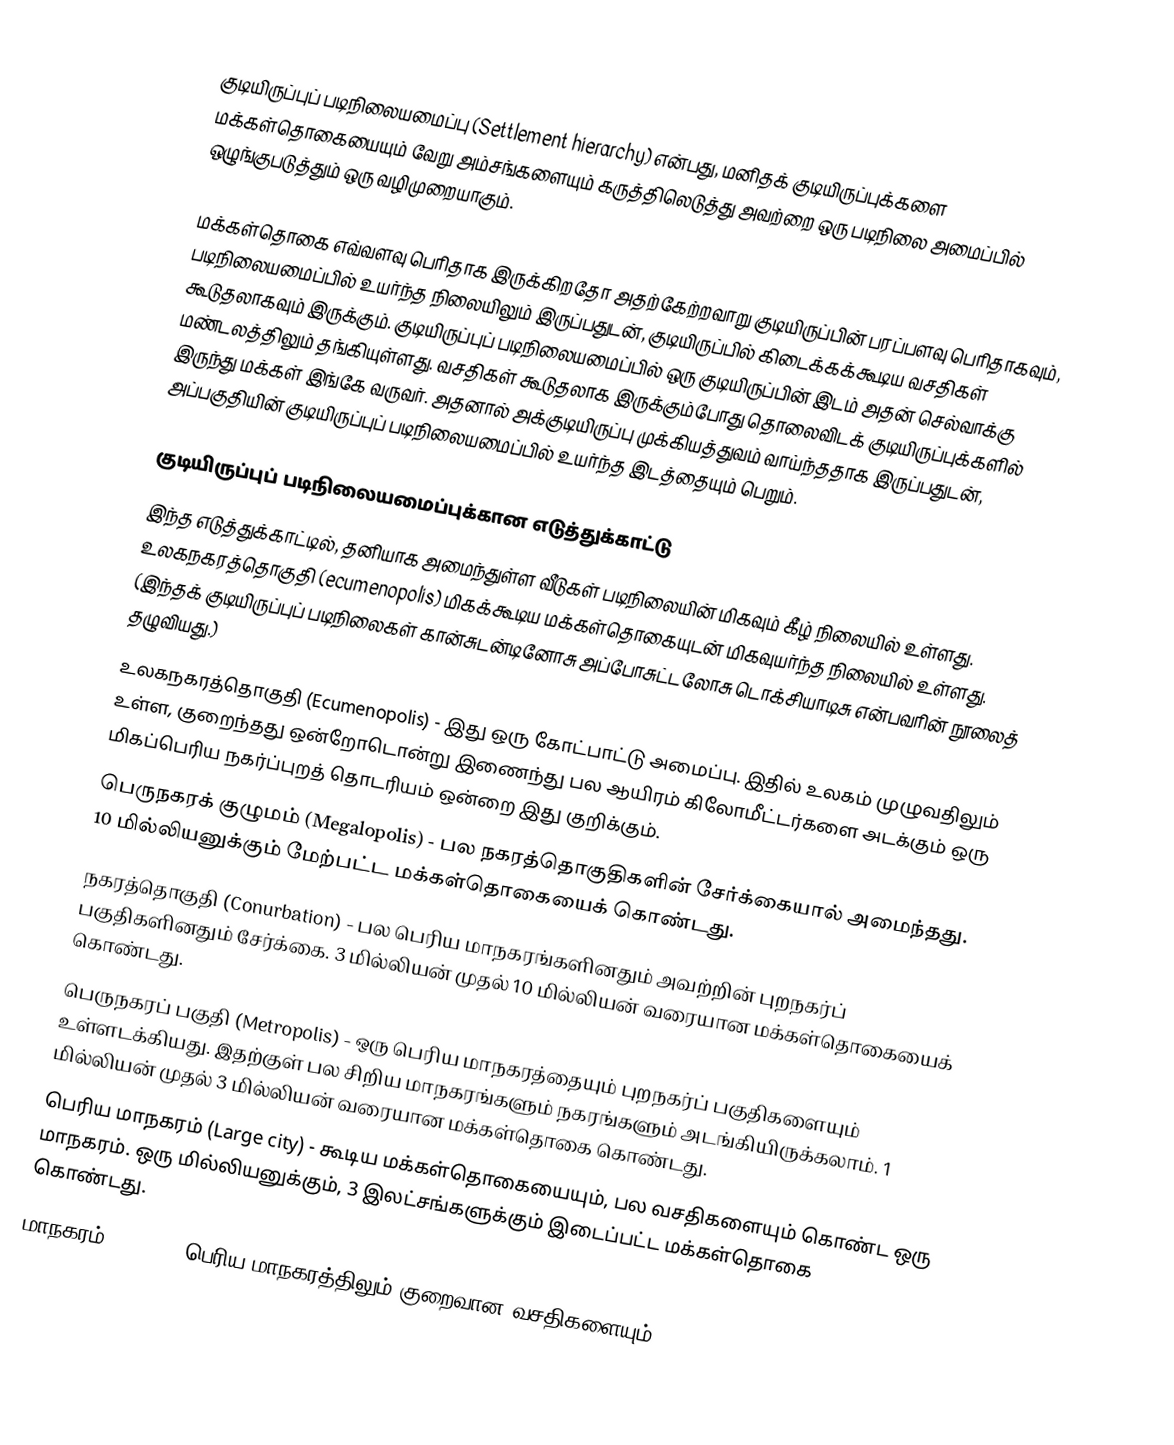
குடியிருப்புப் படிநிலையமைப்பு (Settlement hierarchy) என்பது, மனிதக் குடியிருப்புக்களை மக்கள்தொகையையும் வேறு அம்சங்களையும் கருத்திலெடுத்து அவற்றை ஒரு படிநிலை அமைப்பில் ஒழுங்குபடுத்தும் ஒரு வழிமுறையாகும்.

மக்கள்தொகை எவ்வளவு பெரிதாக இருக்கிறதோ அதற்கேற்றவாறு குடியிருப்பின் பரப்பளவு பெரிதாகவும், படிநிலையமைப்பில் உயர்ந்த நிலையிலும் இருப்பதுடன், குடியிருப்பில் கிடைக்கக்கூடிய வசதிகள் கூடுதலாகவும் இருக்கும். குடியிருப்புப் படிநிலையமைப்பில் ஒரு குடியிருப்பின் இடம் அதன் செல்வாக்கு மண்டலத்திலும் தங்கியுள்ளது. வசதிகள் கூடுதலாக இருக்கும்போது தொலைவிடக் குடியிருப்புக்களில் இருந்து மக்கள் இங்கே வருவர். அதனால் அக்குடியிருப்பு முக்கியத்துவம் வாய்ந்ததாக இருப்பதுடன், அப்பகுதியின் குடியிருப்புப் படிநிலையமைப்பில் உயர்ந்த இடத்தையும் பெறும்.

குடியிருப்புப் படிநிலையமைப்புக்கான எடுத்துக்காட்டு
இந்த எடுத்துக்காட்டில், தனியாக அமைந்துள்ள வீடுகள் படிநிலையின் மிகவும் கீழ் நிலையில் உள்ளது. உலகநகரத்தொகுதி (ecumenopolis) மிகக்கூடிய மக்கள்தொகையுடன் மிகவுயர்ந்த நிலையில் உள்ளது. (இந்தக் குடியிருப்புப் படிநிலைகள் கான்சுடன்டினோசு அப்போசுட்டலோசு டொக்சியாடிசு என்பவரின் நூலைத் தழுவியது.)
 உலகநகரத்தொகுதி (Ecumenopolis) - இது ஒரு கோட்பாட்டு அமைப்பு. இதில் உலகம் முழுவதிலும் உள்ள, குறைந்தது ஒன்றோடொன்று இணைந்து பல ஆயிரம் கிலோமீட்டர்களை அடக்கும் ஒரு மிகப்பெரிய நகர்ப்புறத் தொடரியம் ஒன்றை இது குறிக்கும்.
 பெருநகரக் குழுமம் (Megalopolis) - பல நகரத்தொகுதிகளின் சேர்க்கையால் அமைந்தது. 10 மில்லியனுக்கும் மேற்பட்ட மக்கள்தொகையைக் கொண்டது.
 நகரத்தொகுதி (Conurbation) - பல பெரிய மாநகரங்களினதும் அவற்றின் புறநகர்ப் பகுதிகளினதும் சேர்க்கை. 3 மில்லியன் முதல் 10 மில்லியன் வரையான மக்கள்தொகையைக் கொண்டது.
 பெருநகரப் பகுதி (Metropolis) - ஒரு பெரிய மாநகரத்தையும் புறநகர்ப் பகுதிகளையும் உள்ளடக்கியது. இதற்குள் பல சிறிய மாநகரங்களும் நகரங்களும் அடங்கியிருக்கலாம். 1 மில்லியன் முதல் 3 மில்லியன் வரையான மக்கள்தொகை கொண்டது.
 பெரிய மாநகரம் (Large city) - கூடிய மக்கள்தொகையையும், பல வசதிகளையும் கொண்ட ஒரு மாநகரம். ஒரு மில்லியனுக்கும், 3 இலட்சங்களுக்கும் இடைப்பட்ட மக்கள்தொகை கொண்டது.
 மாநகரம் (City) - பெரிய மாநகரத்திலும் குறைவான வசதிகளையும்,